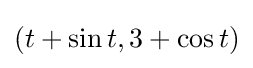
(t+\sin t,3+\cos t)